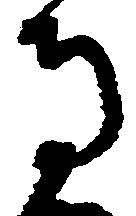
寺